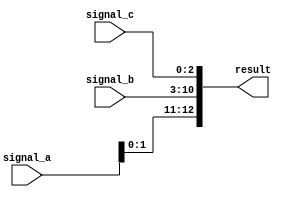
module concatenation_example (
    input wire [3:0] signal_a,   // 4-bit input signal
    input wire [7:0] signal_b,   // 8-bit input signal
    input wire [2:0] signal_c,   // 3-bit input signal
    output wire [12:0] result     // 12-bit output signal to hold concatenated result
);

// Continuous assignment using concatenation operator
assign result = {signal_a, signal_b, signal_c}; // Concatenate signal_a, signal_b, and signal_c

endmodule